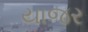
યાજર